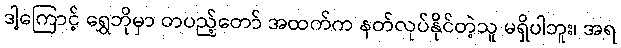
ဒါ့ကြောင့် ရွှေဘိုမှာ တပည့်တော် အထက်က နတ်လုပ်နိုင်တဲ့သူ မရှိပါဘူး၊ အရ